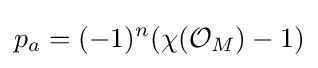
p_{a}=(-1)^{n}(\chi ({\mathcal {O}}_{M})-1)